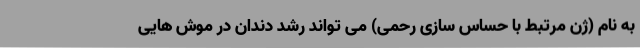
به نام (ژن مرتبط با حساس سازی رحمی) می تواند رشد دندان در موش هایی